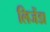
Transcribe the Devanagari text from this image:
लिजेंडा